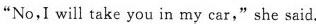
"No,I will take you in my car," she said.